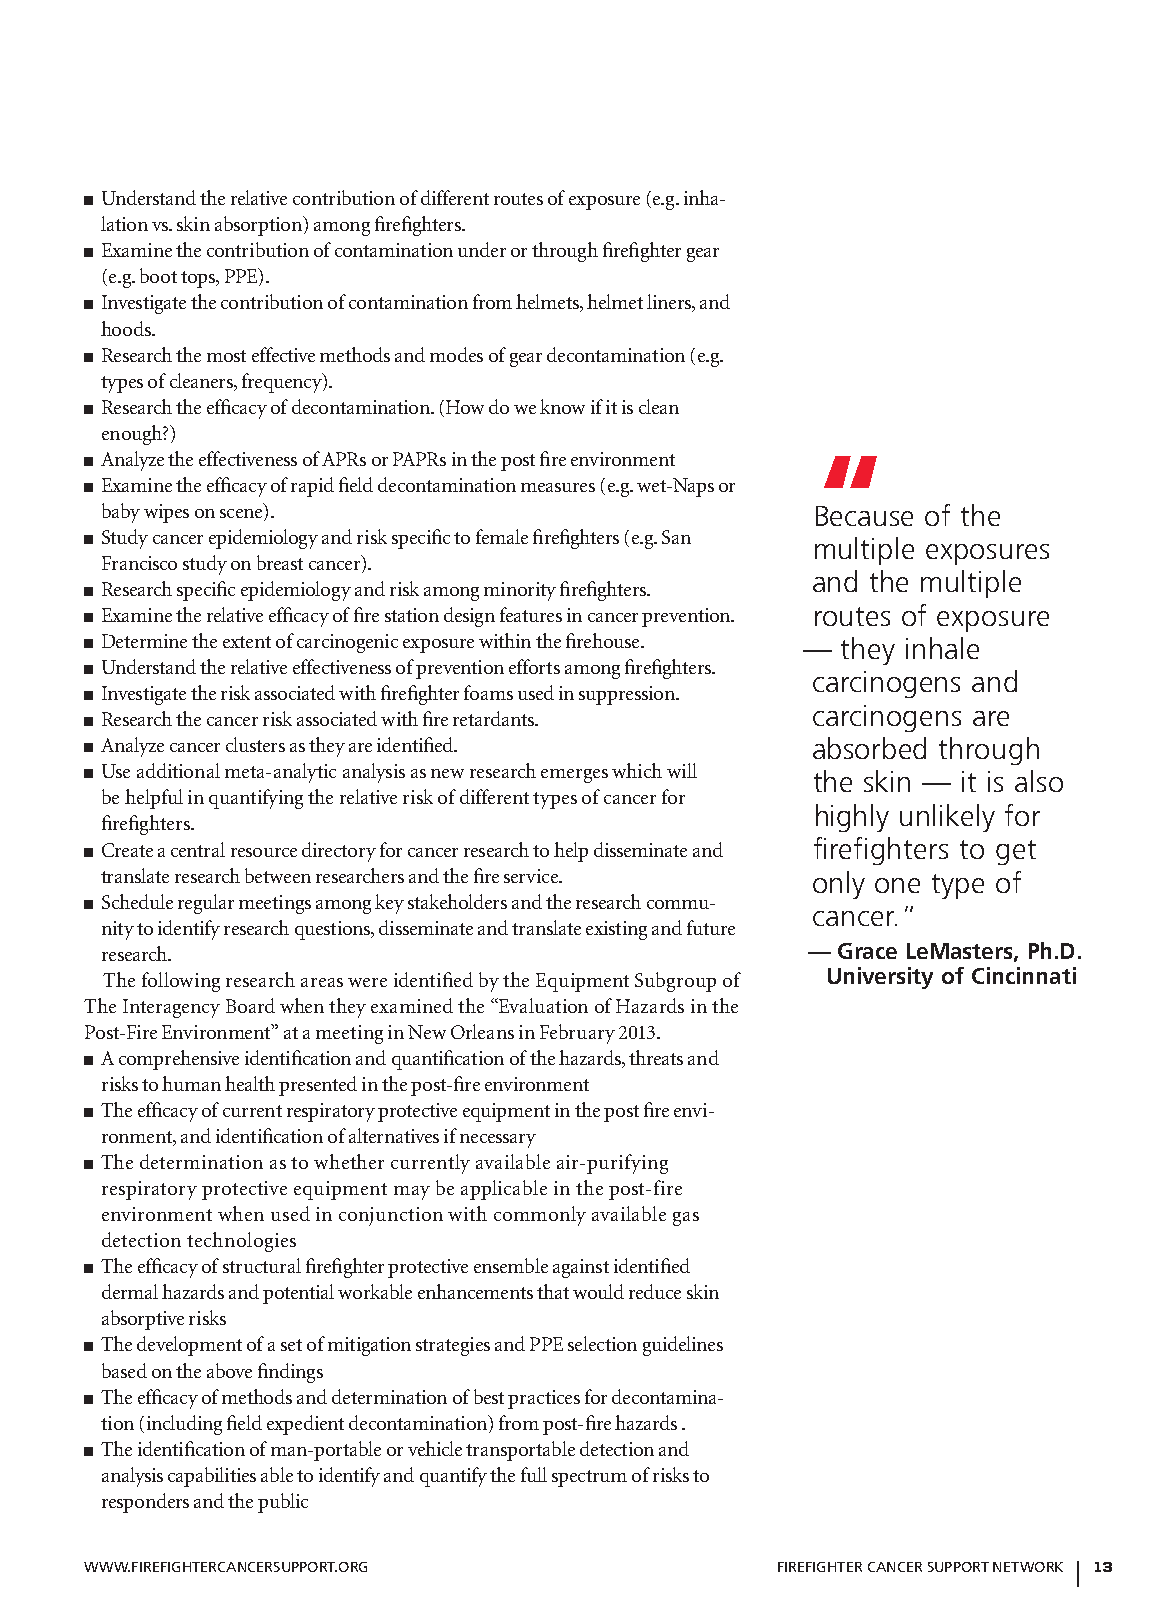
■ Understand the relative contribution of different routes of exposure (e.g. inha-
 lation vs. skin absorption) among firefighters.
 ■ Examine the contribution of contamination under or through firefighter gear
 (e.g. boot tops, PPE).
 ■ Investigate the contribution of contamination from helmets, helmet liners, and
 hoods.
 ■ Research the most effective methods and modes of gear decontamination (e.g.
 types of cleaners, frequency).
 ■ Research the efficacy of decontamination. (How do we know if it is clean
 enough?)
 ■ Analyze the effectiveness of APRs or PAPRs in the post fire environment “
 ■ Examine the efficacy of rapid field decontamination measures (e.g. wet-Naps or
 baby wipes on scene).                          Because of the
 ■ Study cancer epidemiology and risk specific to female firefighters (e.g. San multiple exposures
 Francisco study on breast cancer).
 and the multiple
 ■ Research specific epidemiology and risk among minority firefighters.
 ■ Examine the relative efficacy of fire station design features in cancer prevention. routes of exposure
 ■ Determine the extent of carcinogenic exposure within the firehouse. — they inhale
 ■ Understand the relative effectiveness of prevention efforts among firefighters.
 carcinogens and
 ■ Investigate the risk associated with firefighter foams used in suppression.
 carcinogens are
 ■ Research the cancer risk associated with fire retardants.
 ■ Analyze cancer clusters as they are identified. absorbed through
 ■ Use additional meta-analytic analysis as new research emerges which will the skin — it is also
 be helpful in quantifying the relative risk of different types of cancer for
 highly unlikely for
 firefighters.
 ■ Create a central resource directory for cancer research to help disseminate and firefighters to get
 translate research between researchers and the fire service. only one type of
 ■ Schedule regular meetings among key stakeholders and the research commu- cancer.”
 nity to identify research questions, disseminate and translate existing and future
 research.                                     — grace lemasters, ph.d.
 The following research areas were identified by the Equipment Subgroup of university of Cincinnati
 The Interagency Board when they examined the “Evaluation of Hazards in the
 Post-Fire Environment” at a meeting in New Orleans in February 2013.
 ■ A comprehensive identification and quantification of the hazards, threats and
 risks to human health presented in the post-fire environment
 ■ The efficacy of current respiratory protective equipment in the post fire envi-
 ronment, and identification of alternatives if necessary
 ■ The determination as to whether currently available air-purifying
 respiratory protective equipment may be applicable in the post-fire
 environment when used in conjunction with commonly available gas
 detection technologies
 ■ The efficacy of structural firefighter protective ensemble against identified
 dermal hazards and potential workable enhancements that would reduce skin
 absorptive risks
 ■ The development of a set of mitigation strategies and PPE selection guidelines
 based on the above findings
 ■ The efficacy of methods and determination of best practices for decontamina-
 tion (including field expedient decontamination) from post-fire hazards .
 ■ The identification of man-portable or vehicle transportable detection and
 analysis capabilities able to identify and quantify the full spectrum of risks to
 responders and the public
 WWW.FiReFigHTeRcAnceRSuPPoRT.oRg             FiReFigHTeR cAnceR SuPPoRT neTWoRk 1133